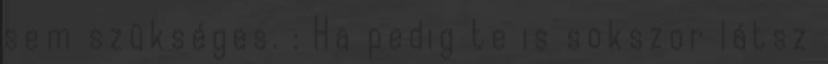
sem szükséges. : Ha pedig te is sokszor látsz